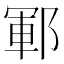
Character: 鄆